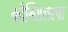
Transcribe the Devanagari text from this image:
कौन्सिलरचा